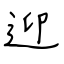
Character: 迎